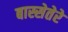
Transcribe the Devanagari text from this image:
बास्सेतेरे